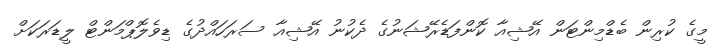
މީގެ ކުރިން ބެޑްމިންޓަން އޭޝިއާ ކޮންފަޑެރޭޝަނުގެ ދެކުނު އޭޝިއާ ސަރަހައްދުގެ ޑިވެލޮޕްމަންޓް ލީޑަރަކަށް